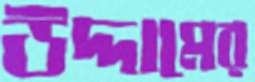
উদ্দামের